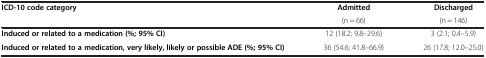
<table><thead><tr><td><b>ICD-10 code category</b></td><td><b>Admitted</b></td><td><b>Discharged</b></td></tr><tr><td><b> </b></td><td><b>(n = 66)</b></td><td><b>(n = 146)</b></td></tr></thead><tbody><tr><td><b>Induced or related to a medication (%; 95% CI)</b></td><td>12 (18.2; 9.8–29.6)</td><td>3 (2.1; 0.4–5.9)</td></tr><tr><td><b>Induced or related to a medication, very likely, likely or possible ADE (%; 95% CI)</b></td><td>36 (54.6; 41.8–66.9)</td><td>26 (17.8; 12.0–25.0)</td></tr></tbody></table>